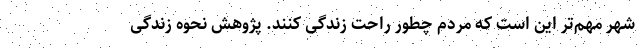
شهر مهم‌تر این است که مردم چطور راحت زندگی کنند. پژوهش نحوه زندگی